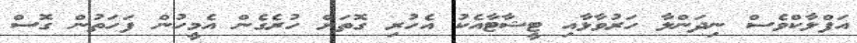
އަފްލާކްވެސް ނިދަންލާ ހަރުވާޅާއި ޓީޝާޓާއެކު އެހުރި ގޮތަށް ހުރެގެން އެމީހުން ފަހަތުން ގޮސް